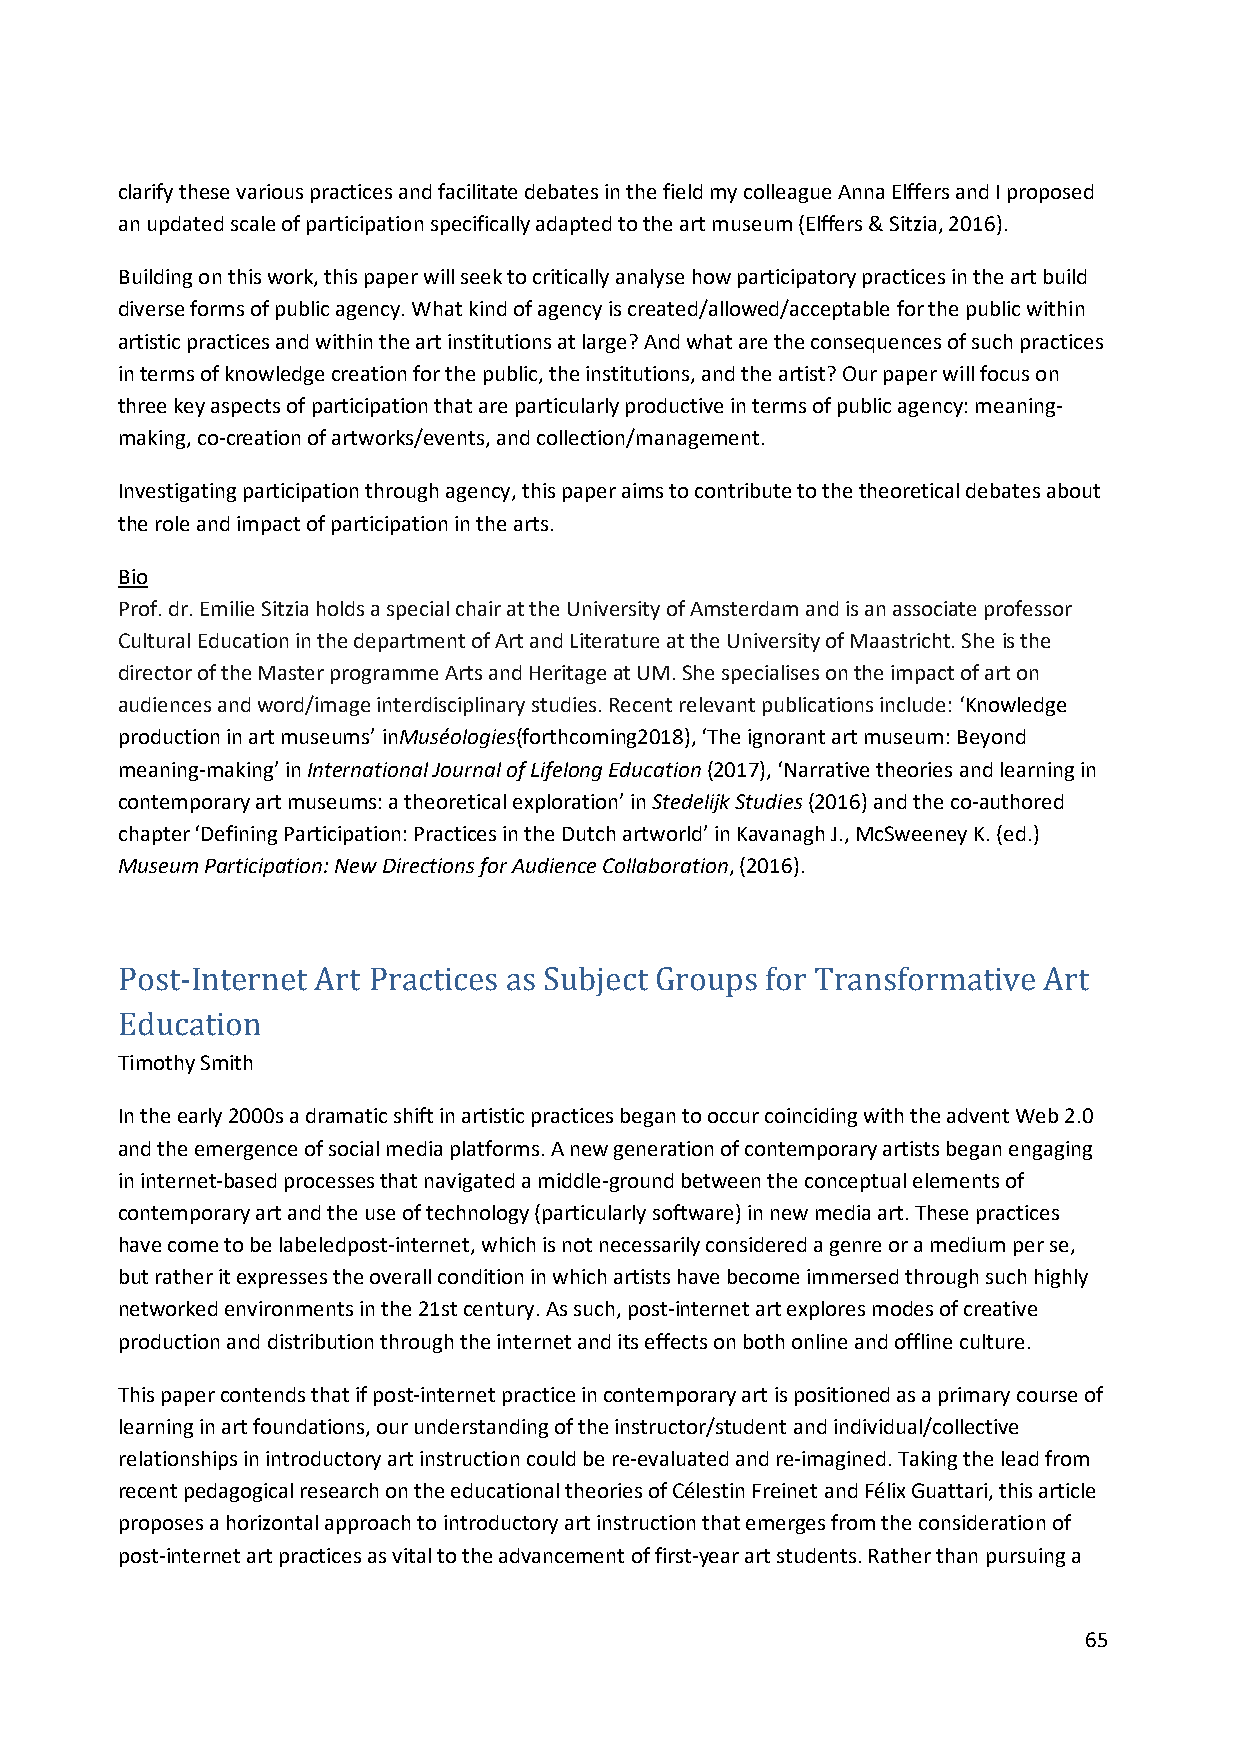
clarify these various practices and facilitate debates in the field my colleague Anna Elffers and I proposed
 an updated scale of participation specifically adapted to the art museum (Elffers & Sitzia, 2016).
 Building on this work, this paper will seek to critically analyse how participatory practices in the art build
 diverse forms of public agency. What kind of agency is created/allowed/acceptable for the public within
 artistic practices and within the art institutions at large? And what are the consequences of such practices
 in terms of knowledge creation for the public, the institutions, and the artist? Our paper will focus on
 three key aspects of participation that are particularly productive in terms of public agency: meaning-
 making, co-creation of artworks/events, and collection/management.
 Investigating participation through agency, this paper aims to contribute to the theoretical debates about
 the role and impact of participation in the arts.
 Bio
 Prof. dr. Emilie Sitzia holds a special chair at the University of Amsterdam and is an associate professor
 Cultural Education in the department of Art and Literature at the University of Maastricht. She is the
 director of the Master programme Arts and Heritage at UM. She specialises on the impact of art on
 audiences and word/image interdisciplinary studies. Recent relevant publications include: ‘Knowledge
 production in art museums’ inMuséologies(forthcoming2018), ‘The ignorant art museum: Beyond
 meaning-making’ in International Journal of Lifelong Education (2017), ‘Narrative theories and learning in
 contemporary art museums: a theoretical exploration’ in Stedelijk Studies (2016) and the co-authored
 chapter ‘Defining Participation: Practices in the Dutch artworld’ in Kavanagh J., McSweeney K. (ed.)
 Museum Participation: New Directions for Audience Collaboration, (2016).
 Post-Internet Art Practices as Subject Groups for Transformative Art
 Timothy Smith
 Education
 In the early 2000s a dramatic shift in artistic practices began to occur coinciding with the advent Web 2.0
 and the emergence of social media platforms. A new generation of contemporary artists began engaging
 in internet-based processes that navigated a middle-ground between the conceptual elements of
 contemporary art and the use of technology (particularly software) in new media art. These practices
 have come to be labeledpost-internet, which is not necessarily considered a genre or a medium per se,
 but rather it expresses the overall condition in which artists have become immersed through such highly
 networked environments in the 21st century. As such, post-internet art explores modes of creative
 production and distribution through the internet and its effects on both online and offline culture.
 This paper contends that if post-internet practice in contemporary art is positioned as a primary course of
 learning in art foundations, our understanding of the instructor/student and individual/collective
 relationships in introductory art instruction could be re-evaluated and re-imagined. Taking the lead from
 recent pedagogical research on the educational theories of Célestin Freinet and Félix Guattari, this article
 proposes a horizontal approach to introductory art instruction that emerges from the consideration of
 post-internet art practices as vital to the advancement of first-year art students. Rather than pursuing a
 65